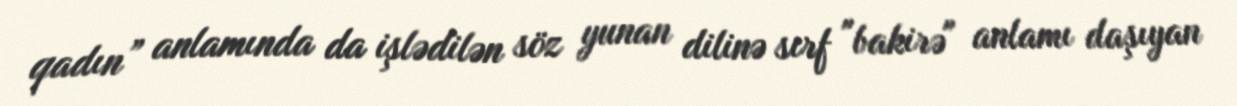
qadın” anlamında da işlədilən söz yunan dilinə sırf "bakirə" anlamı daşıyan